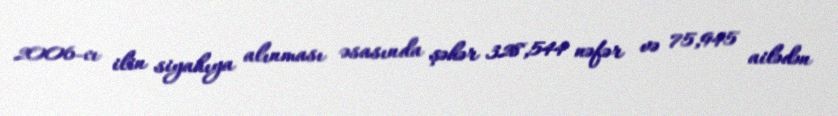
2006-cı ilin siyahıya alınması əsasında şəhər 328,544 nəfər və 75,945 ailədən